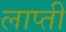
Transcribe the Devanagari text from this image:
लाप्ती